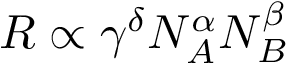
R \propto \gamma ^ { \delta } N _ { A } ^ { \alpha } N _ { B } ^ { \beta }